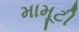
મામૂટી